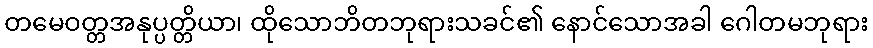
တမေဝတ္တအနုပ္ပတ္တိယာ၊ ထိုသောဘိတဘုရားသခင်၏ နောင်သောအခါ ဂေါတမဘုရား